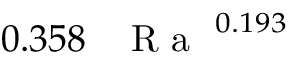
0 . 3 5 8 \, \mathrm { ~ \textit ~ { ~ R ~ a ~ } ~ } ^ { 0 . 1 9 3 }